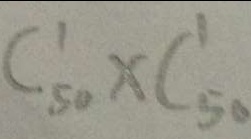
C ^ { 1 } _ { 5 0 } \times C ^ { 1 } _ { 5 0 }